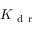
K _ { \mathrm { ~ d ~ r ~ } }